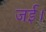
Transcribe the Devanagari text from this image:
जई।